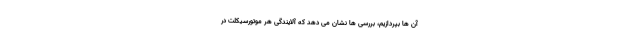
آن ها بپردازیم، بررسی ها نشان می دهد که آلایندگی هر موتورسیکلت در